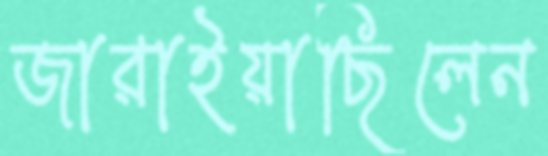
জারাইয়াছিলেন